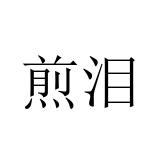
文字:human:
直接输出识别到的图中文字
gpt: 煎泪